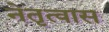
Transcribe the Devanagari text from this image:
नेतृत्वास